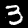
Digit: 3